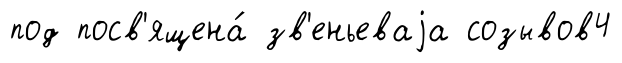
под посв'ящена́ зв'еньеваjа созывов4